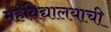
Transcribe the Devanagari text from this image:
महविद्यालयाची